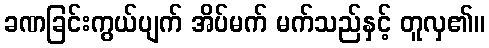
ခဏခြင်းကွယ်ပျက် အိပ်မက် မက်သည်နှင့် တူလှ၏။